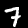
Digit: 7